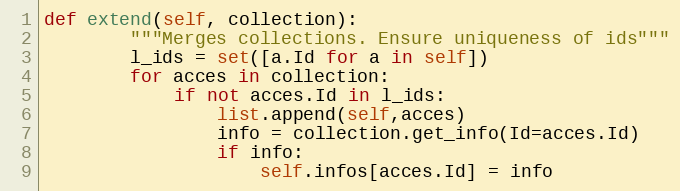
Language: Python
def extend(self, collection):
        """Merges collections. Ensure uniqueness of ids"""
        l_ids = set([a.Id for a in self])
        for acces in collection:
            if not acces.Id in l_ids:
                list.append(self,acces)
                info = collection.get_info(Id=acces.Id)
                if info:
                    self.infos[acces.Id] = info